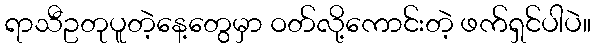
ရာသီဥတုပူတဲ့နေ့တွေမှာ ဝတ်လို့ကောင်းတဲ့ ဖက်ရှင်ပါပဲ။